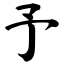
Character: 予